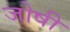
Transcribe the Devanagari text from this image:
जोषी